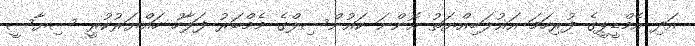
އަދި އެމްޑީޕީގެ ފުރިހަމަ އަޣުލަބިއްޔަތު އޮންނަ ކައުންސިލްގެ މެމްބަރު ފަލާހު ހައްޔަރުކުރީ ސިޔާސީ